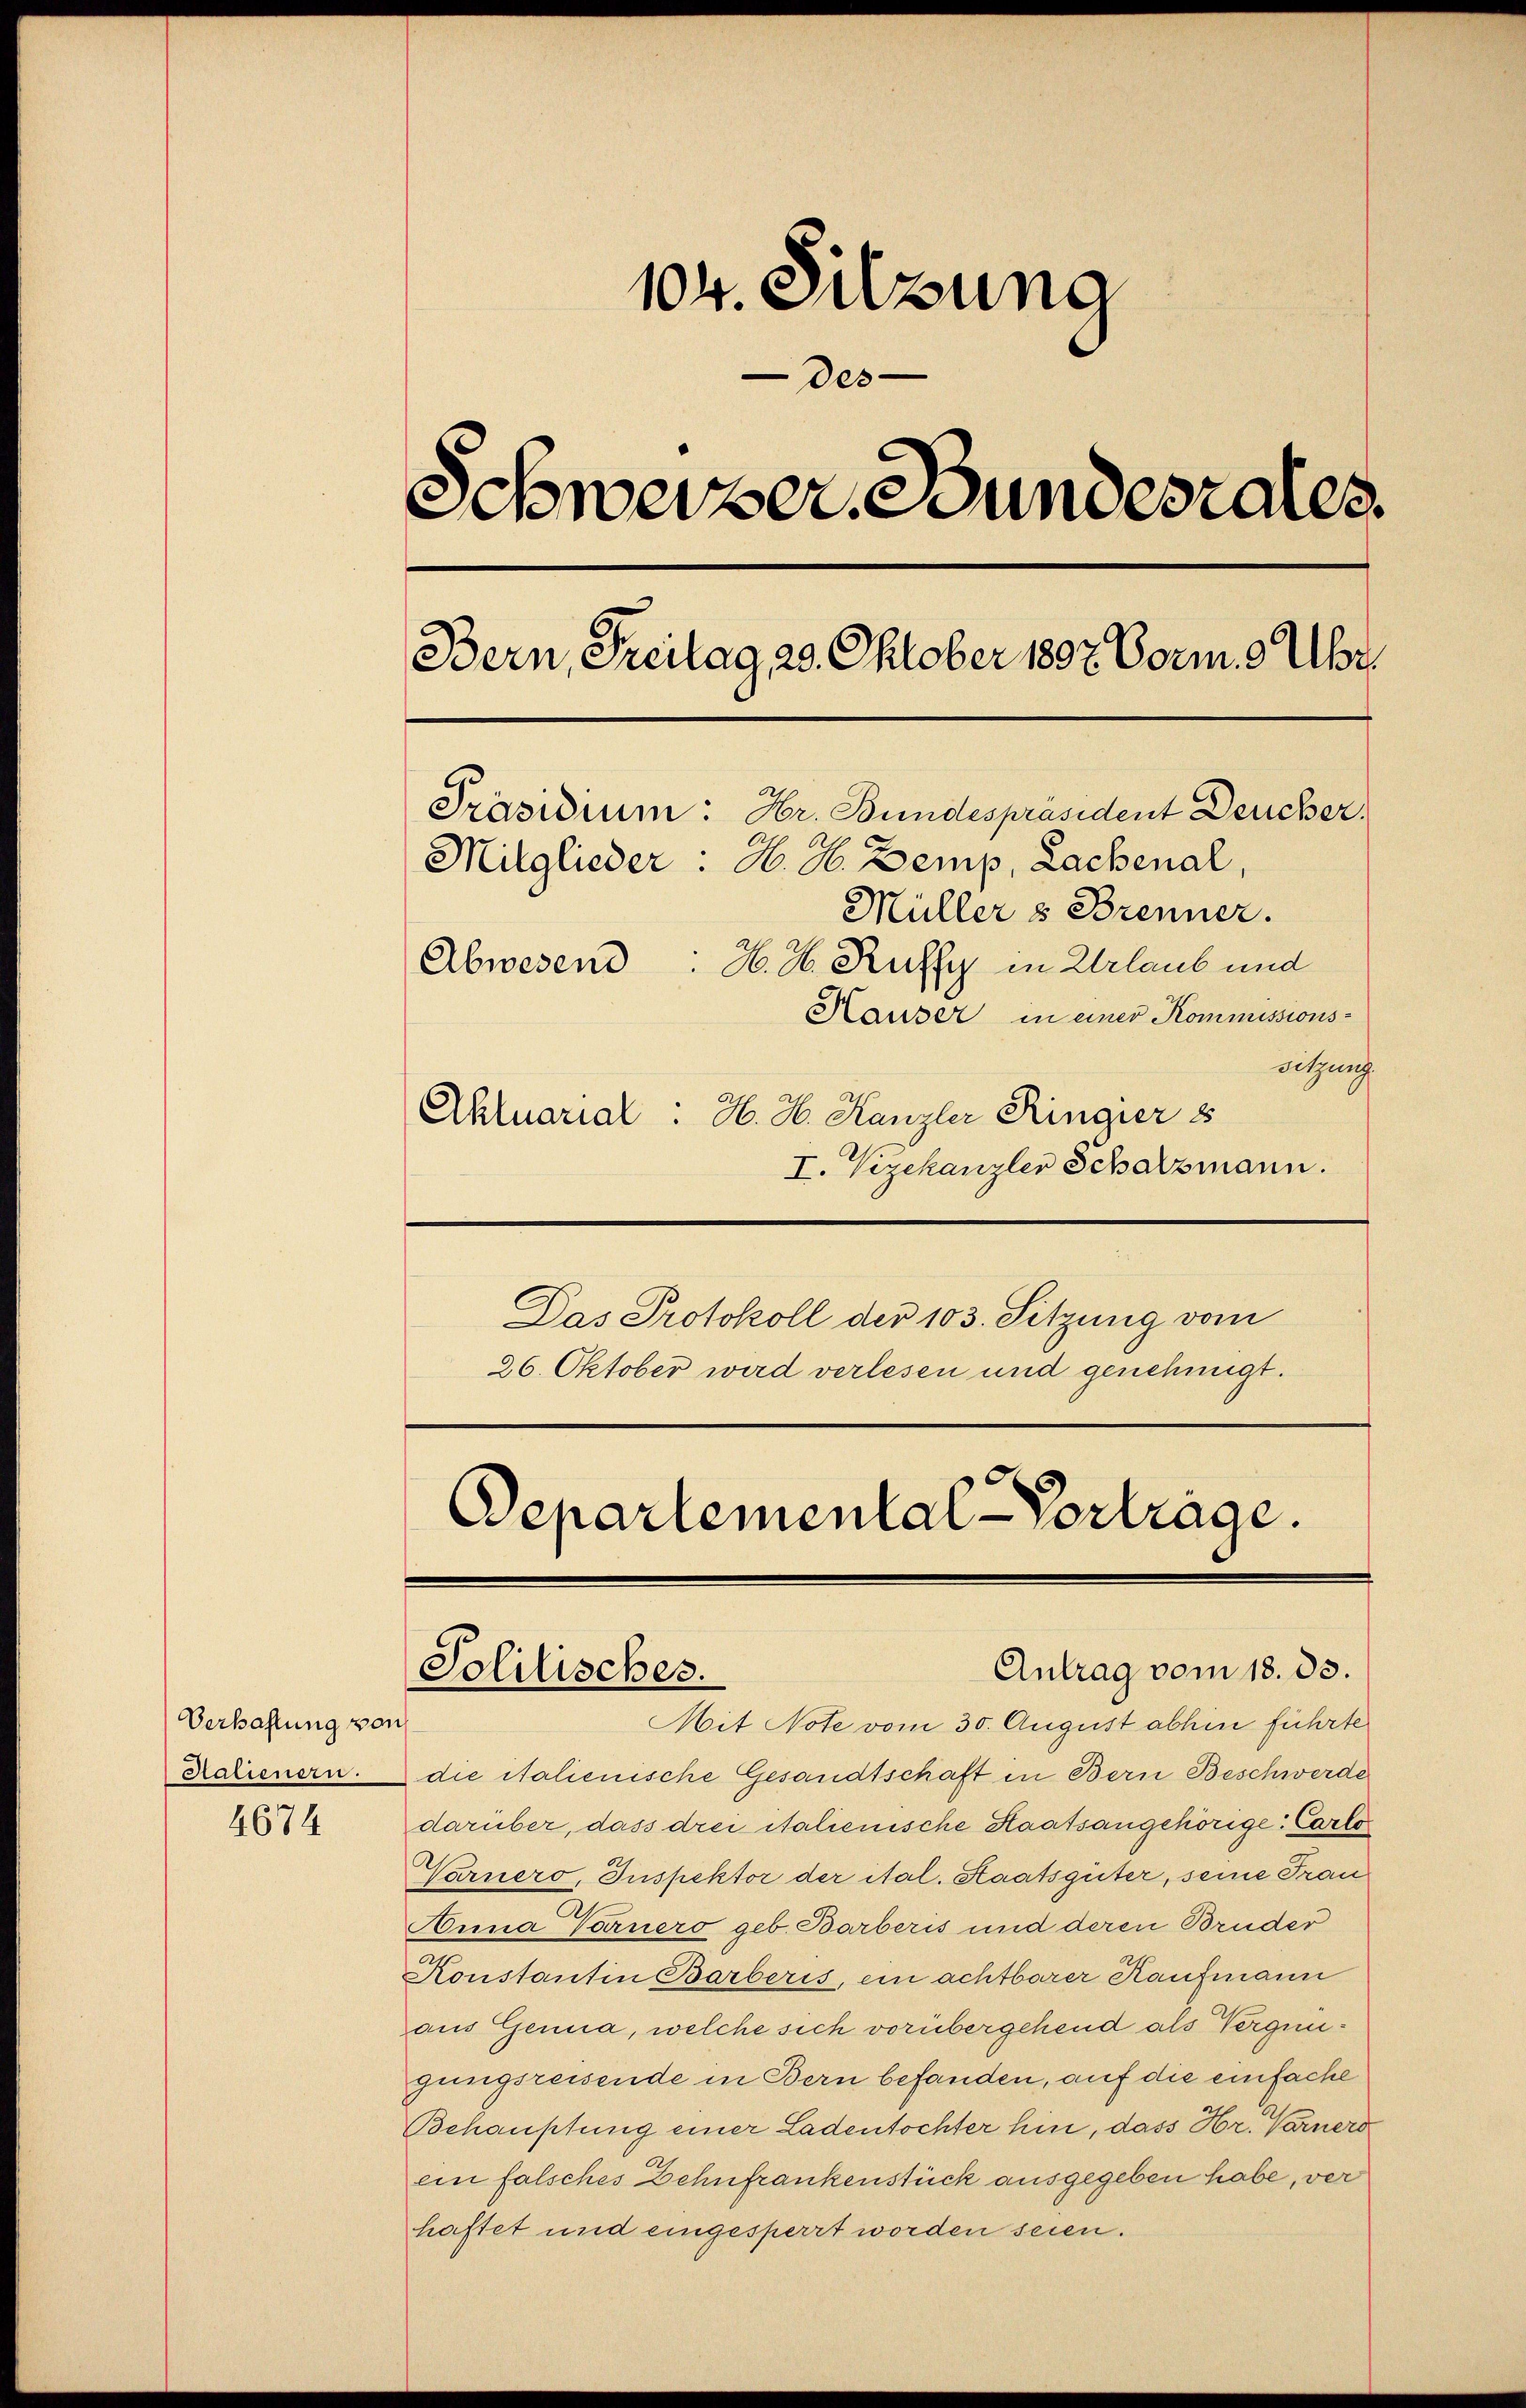
Verhahlung vor
Halienern.

4674

104. Sitzung
des
Schweizer Bundesrates.
Bern, Freitag 23. Oktober 1807. Vorm. 9 Uhr
Präsidium: Hr. Bundespräsident Deucher,
Mitglieder. H. H. Demp, Lachenal,
Müller & Brenner.
Abwesend. H. H. Ruffz in Urlaub und
Hauser in einer Kommissions-
Sitzung
Aktuarial. H. H. Kanzler Ringier 8

I. Vizekanzler Schatzmann.
Das Protokoll der 103. Sitzung vom
26. Oktober wird verlesen und genehmigt.

Departemental-Vortrage.
Antrag vom 18. 33.
Solitisches.

.
Mit Note vom 30. August abhin führte
die italienische Gesandtschaft in Bern Beschwerde
darüber, dass drei italienische Staatsangehörige Carlo
Varnero, Inspektor der ital. Staatsgüter, seine Frau
Anna Varuero geb. Barberis und deren Bruder
Konstantin Barberis, ein achtbarer Kaufmann
aus Genua, welche sich vorübergehend als Vergnügungsreisende in Bern befanden, auf die einfache
Behauptung einer Ladentochter hin, dass Hr. Warnerd
ein falsches Zehnfrankenstück ausgegeben habe, ver
haftet und eingesperrt worden seien.